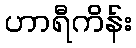
ဟာရီကိန်း